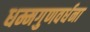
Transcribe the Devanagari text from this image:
धम्मगुणवर्धना